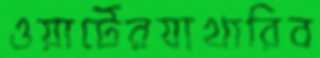
ওয়ার্টেরযাখারিব